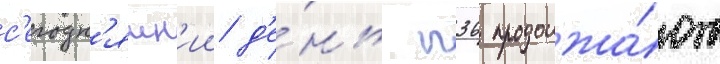
с'егодн'яшн'ии д'е́нь п36 продолжа́ют